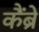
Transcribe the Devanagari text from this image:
कैंब्रे